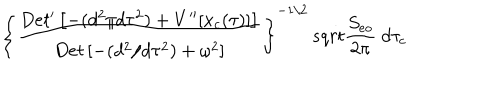
LaTeX: \left\{ { \frac { D e t ^ { \prime } \left[ - ( d ^ { 2 } / d \tau ^ { 2 } ) + V ^ { \prime \prime } [ x _ { c } ( \tau ) ] \right] } { D e t \left[ - ( d ^ { 2 } / d \tau ^ { 2 } ) + \omega ^ { 2 } \right] } } \right\} ^ { - 1 / 2 } \, s q r t { { \frac { S _ { e o } } { 2 \pi } } } \ d \tau _ { c }